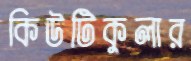
কিউটিকুলার